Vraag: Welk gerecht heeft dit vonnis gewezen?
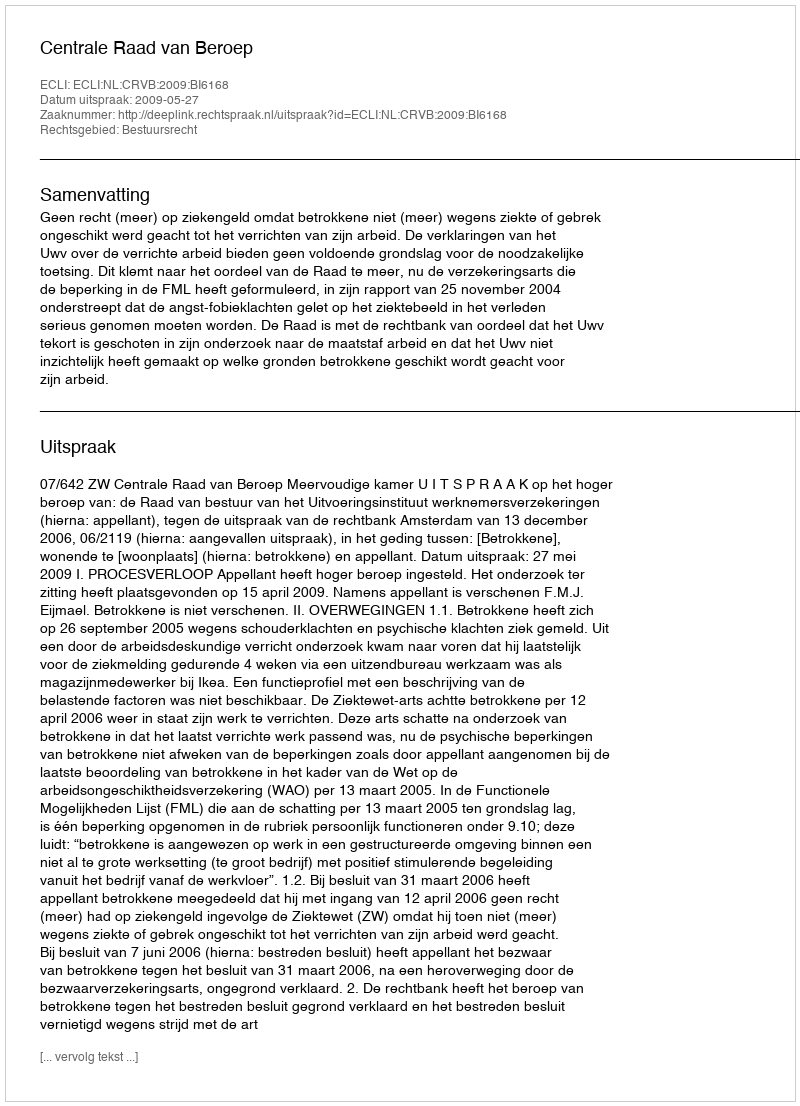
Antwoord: Centrale Raad van Beroep